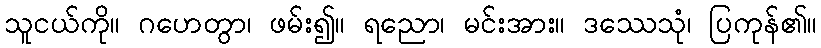
သူငယ်ကို။ ဂဟေတွာ၊ ဖမ်း၍။ ရညော၊ မင်းအား။ ဒဿေသုံ၊ ပြကုန်၏။